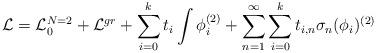
LaTeX: \begin{align*}{\cal L} = {\cal L}_{0}^{N=2} + {\cal L}^{gr} + \sum_{i=0}^{k}t_i \int \phi_{i}^{(2)} + \sum_{n=1}^{\infty} \sum_{i=0}^{k}t_{i,n} \sigma_n(\phi_i)^{(2)}\end{align*}